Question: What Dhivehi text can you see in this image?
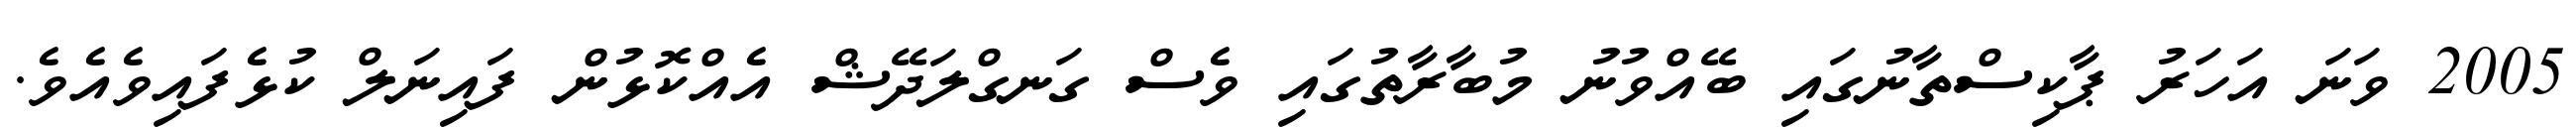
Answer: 2005 ވަނަ އަހަރު ޕާކިސްތާނުގައި ބޭއްވުނު މުބާރާތުގައި ވެސް ގަނގްލަދޭޝް އެއްކޮޅުން ފައިނަލް ކުޅެފައިވެއެވެ.